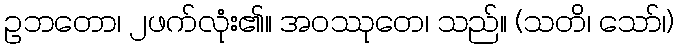
ဥဘတော၊ ၂ဖက်လုံး၏။ အဝဿုတေ၊ သည်။ (သတိ၊ သော်၊)